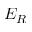
E _ { R }